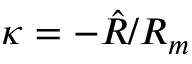
\boldsymbol { \kappa } = - \hat { R } / R _ { m }